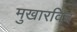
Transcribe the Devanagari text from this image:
मुखारविंद